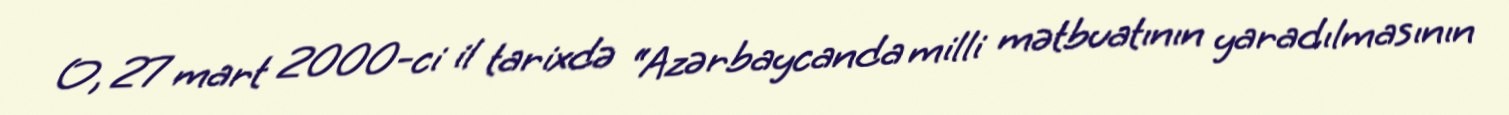
O, 27 mart 2000-ci il tarixdə “Azərbaycanda milli mətbuatının yaradılmasının